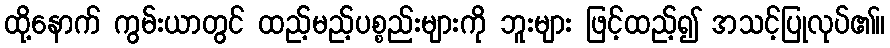
ထို့နောက် ကွမ်းယာတွင် ထည့်မည့်ပစ္စည်းများကို ဘူးများ ဖြင့်ထည့်၍ အသင့်ပြုလုပ်၏။